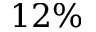
1 2 \%